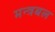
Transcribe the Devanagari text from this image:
मन्त्रबल